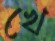
খে